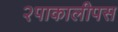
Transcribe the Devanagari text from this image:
२पाकालीपस